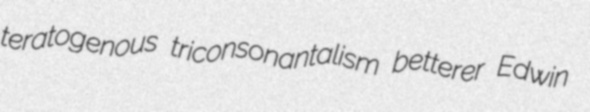
teratogenous triconsonantalism betterer Edwin